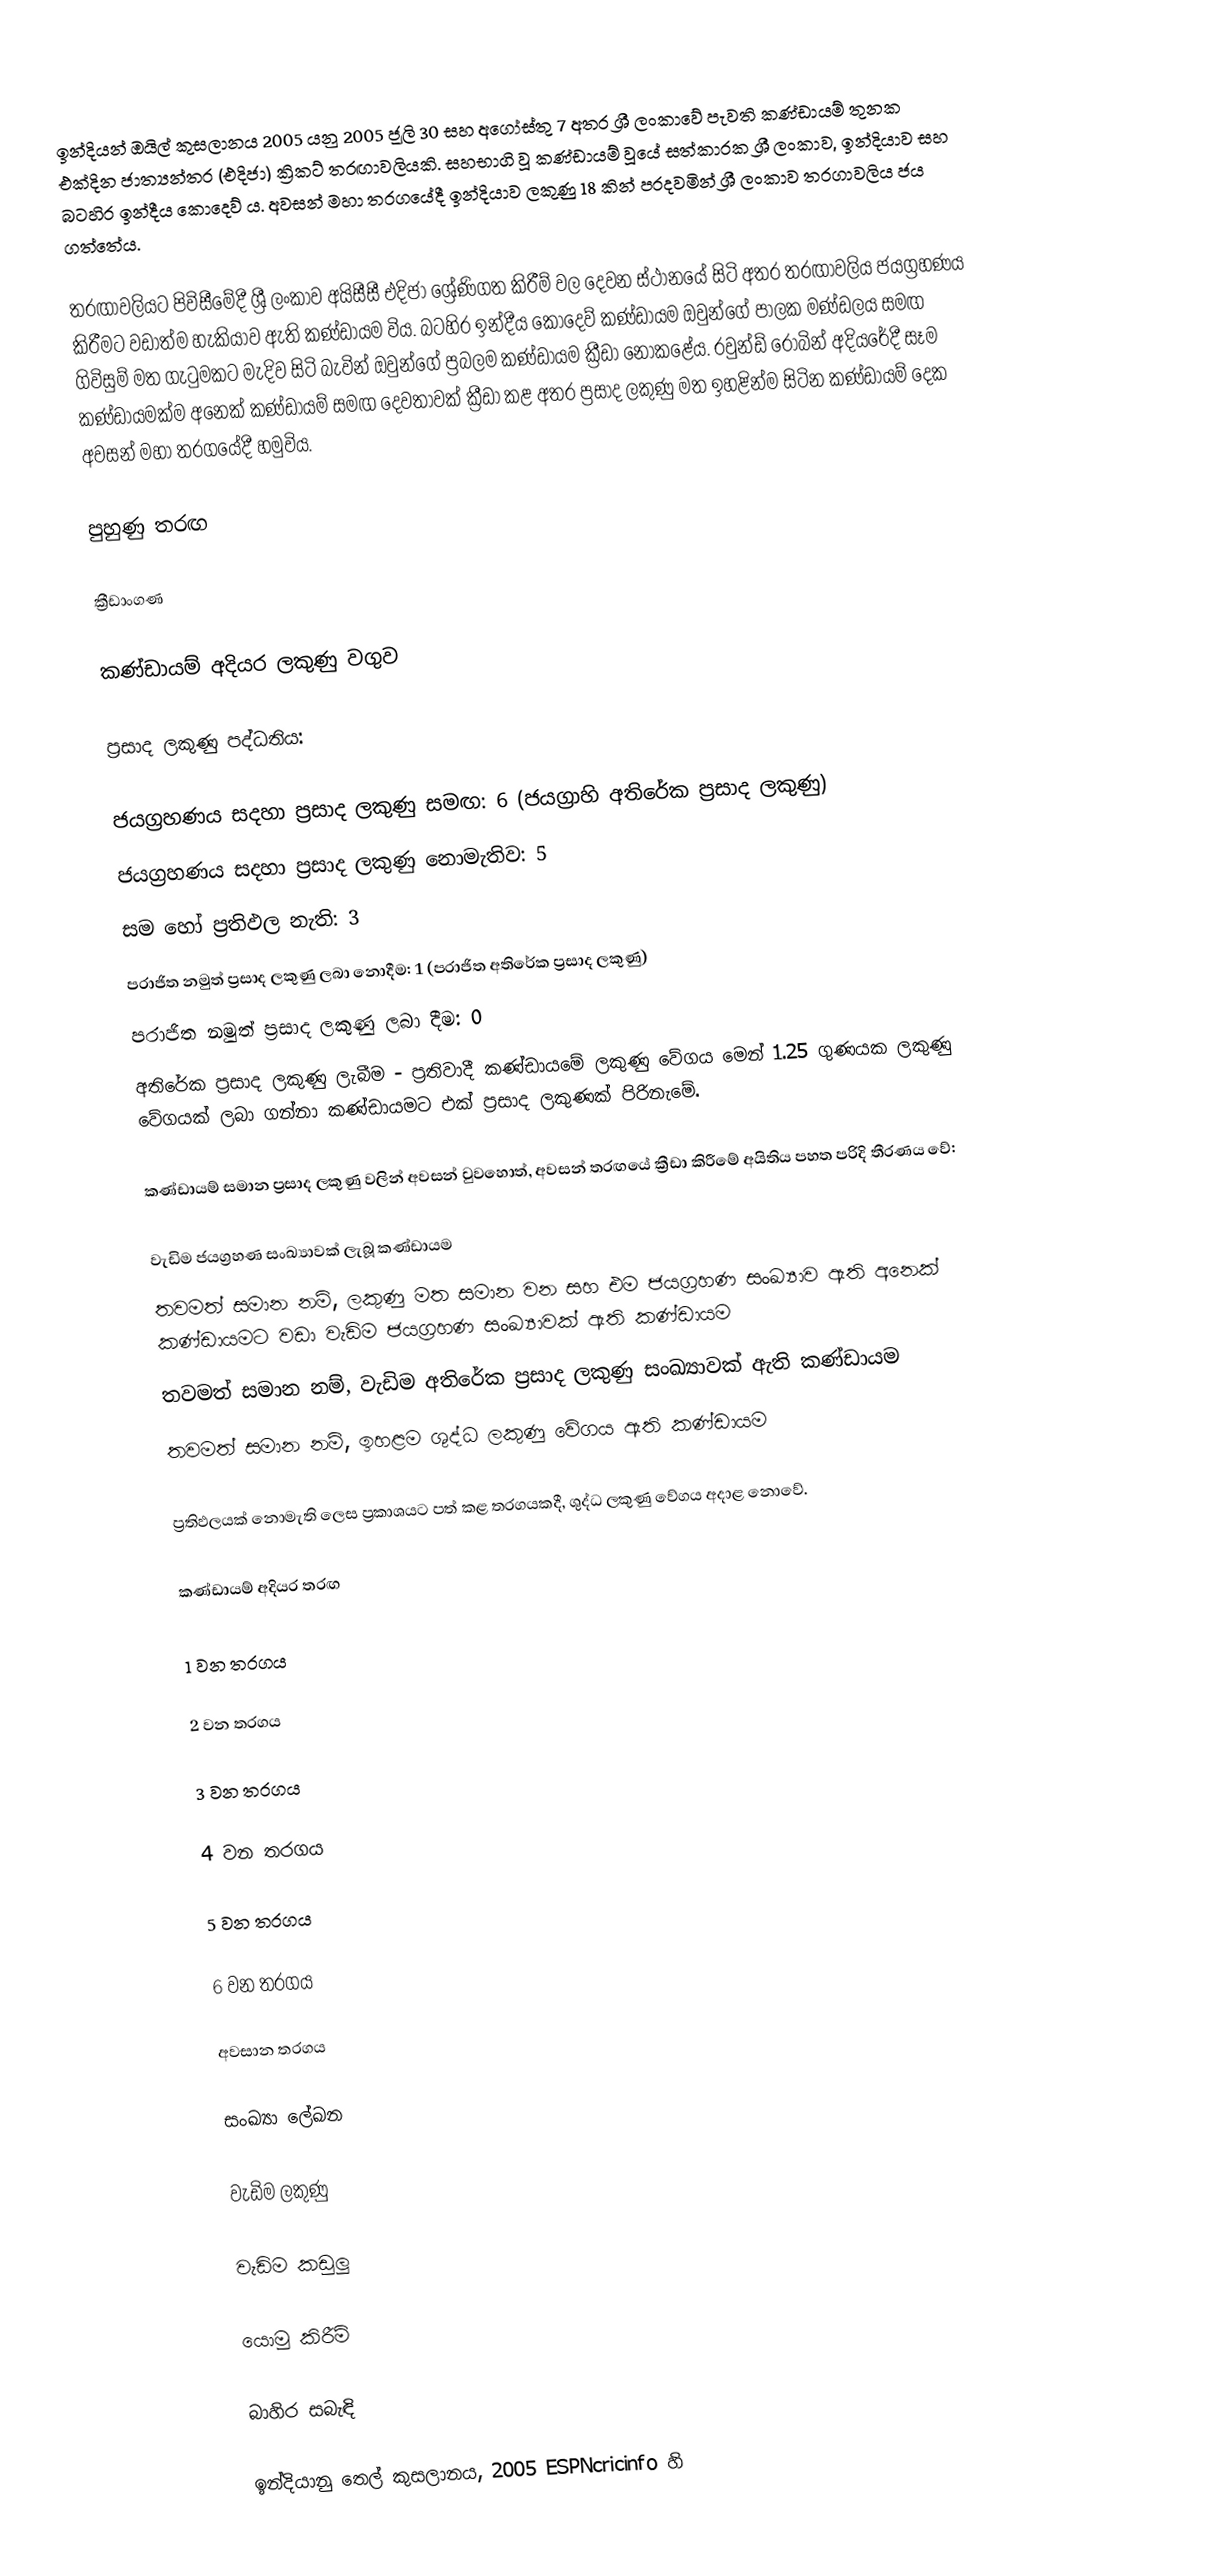
ඉන්දියන් ඔයිල් කුසලානය 2005 යනු 2005 ජූලි 30 සහ අගෝස්තු 7 අතර ශ්‍රී ලංකාවේ පැවති කණ්ඩායම් තුනක එක්දින ජාත්‍යන්තර (එදිජා) ක්‍රිකට් තරඟාවලියකි. සහභාගි වූ කණ්ඩායම් වූයේ සත්කාරක ශ්‍රී ලංකාව, ඉන්දියාව සහ බටහිර ඉන්දීය කොදෙව් ය. අවසන් මහා තරගයේදී ඉන්දියාව ලකුණු 18 කින් පරදවමින් ශ්‍රී ලංකාව තරගාවලිය ජය ගත්තේය.

තරඟාවලියට පිවිසීමේදී ශ්‍රී ලංකාව අයිසීසී එදිජා ශ්‍රේණිගත කිරීම් වල දෙවන ස්ථානයේ සිටි අතර තරඟාවලිය ජයග්‍රහණය කිරීමට වඩාත්ම හැකියාව ඇති කණ්ඩායම විය. බටහිර ඉන්දීය කොදෙව් කණ්ඩායම ඔවුන්ගේ පාලක මණ්ඩලය සමඟ ගිවිසුම් මත ගැටුමකට මැදිව සිටි බැවින් ඔවුන්ගේ ප්‍රබලම කණ්ඩායම ක්‍රීඩා නොකළේය. රවුන්ඩ් රොබින් අදියරේදී සෑම කණ්ඩායමක්ම අනෙක් කණ්ඩායම් සමඟ දෙවතාවක් ක්‍රීඩා කළ අතර ප්‍රසාද ලකුණු මත ඉහළින්ම සිටින කණ්ඩායම් දෙක අවසන් මහා තරගයේදී හමුවිය.

පුහුණු තරඟ

ක්‍රීඩාංගණ

කණ්ඩායම් අදියර ලකුණු වගුව

ප්‍රසාද ලකුණු පද්ධතිය:

 ජයග්‍රහණය සදහා ප්‍රසාද ලකුණු සමඟ: 6 (ජයග්‍රාහි අතිරේක ප්‍රසාද ලකුණු)
 ජයග්‍රහණය සදහා ප්‍රසාද ලකුණු නොමැතිව: 5
 සම හෝ ප්‍රතිඵල නැති: 3
 පරාජිත නමුත් ප්‍රසාද ලකුණු ලබා නොදීම: 1 (පරාජිත අතිරේක ප්‍රසාද ලකුණු)
 පරාජිත නමුත් ප්‍රසාද ලකුණු ලබා දීම: 0
 අතිරේක ප්‍රසාද ලකුණු ලැබීම - ප්‍රතිවාදී කණ්ඩායමේ ලකුණු වේගය මෙන් 1.25 ගුණයක ලකුණු වේගයක් ලබා ගන්නා කණ්ඩායමට එක් ප්‍රසාද ලකුණක් පිරිනැමේ.

කණ්ඩායම් සමාන ප්‍රසාද ලකුණු වලින් අවසන් වුවහොත්, අවසන් තරඟයේ ක්‍රීඩා කිරීමේ අයිතිය පහත පරිදි තීරණය වේ:

 වැඩිම ජයග්‍රහණ සංඛ්‍යාවක් ලැබූ කණ්ඩායම
 තවමත් සමාන නම්, ලකුණු මත සමාන වන සහ එම ජයග්‍රහණ සංඛ්‍යාව ඇති අනෙක් කණ්ඩායමට වඩා වැඩිම ජයග්‍රහණ සංඛ්‍යාවක් ඇති කණ්ඩායම
 තවමත් සමාන නම්, වැඩිම අතිරේක ප්‍රසාද ලකුණු සංඛ්‍යාවක් ඇති කණ්ඩායම
 තවමත් සමාන නම්, ඉහළම ශුද්ධ ලකුණු වේගය ඇති කණ්ඩායම

ප්‍රතිඵලයක් නොමැති ලෙස ප්‍රකාශයට පත් කළ තරගයකදී, ශුද්ධ ලකුණු වේගය අදාළ නොවේ.

කණ්ඩායම් අදියර තරඟ

1 වන තරගය

2 වන තරගය

3 වන තරගය

4 වන තරගය

5 වන තරගය

6 වන තරගය

අවසාන තරගය

සංඛ්‍යා ලේඛන

වැඩිම ලකුණු

වැඩිම කඩුලු

යොමු කිරීම්

බාහිර සබැඳි

 ඉන්දියානු තෙල් කුසලානය, 2005 ESPNcricinfo හි